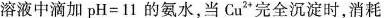
溶液中滴加$$p H = 1 1$$的氨水，当Cu^{2+}完全沉淀时，消耗